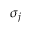
\sigma _ { j }